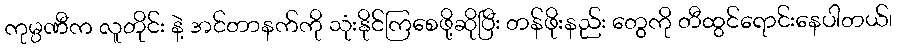
ကုမ္ပဏီက လူတိုင်း နဲ့ အင်တာနက်ကို သုံးနိုင်ကြစေဖို့ဆိုပြီး တန်ဖိုးနည်း တွေကို တီထွင်ရောင်းနေပါတယ်၊